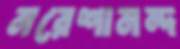
নরেশানন্দ